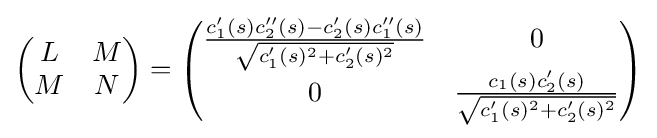
{\begin{pmatrix}L&M\\M&N\end{pmatrix}}={\begin{pmatrix}{\frac {c_{1}'(s)c_{2}''(s)-c_{2}'(s)c_{1}''(s)}{\sqrt {c_{1}'(s)^{2}+c_{2}'(s)^{2}}}}&0\\0&{\frac {c_{1}(s)c_{2}'(s)}{\sqrt {c_{1}'(s)^{2}+c_{2}'(s)^{2}}}}\end{pmatrix}}